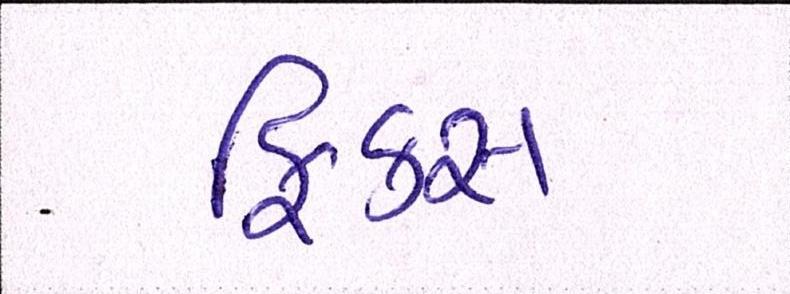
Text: ફિક્સ